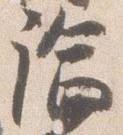
論